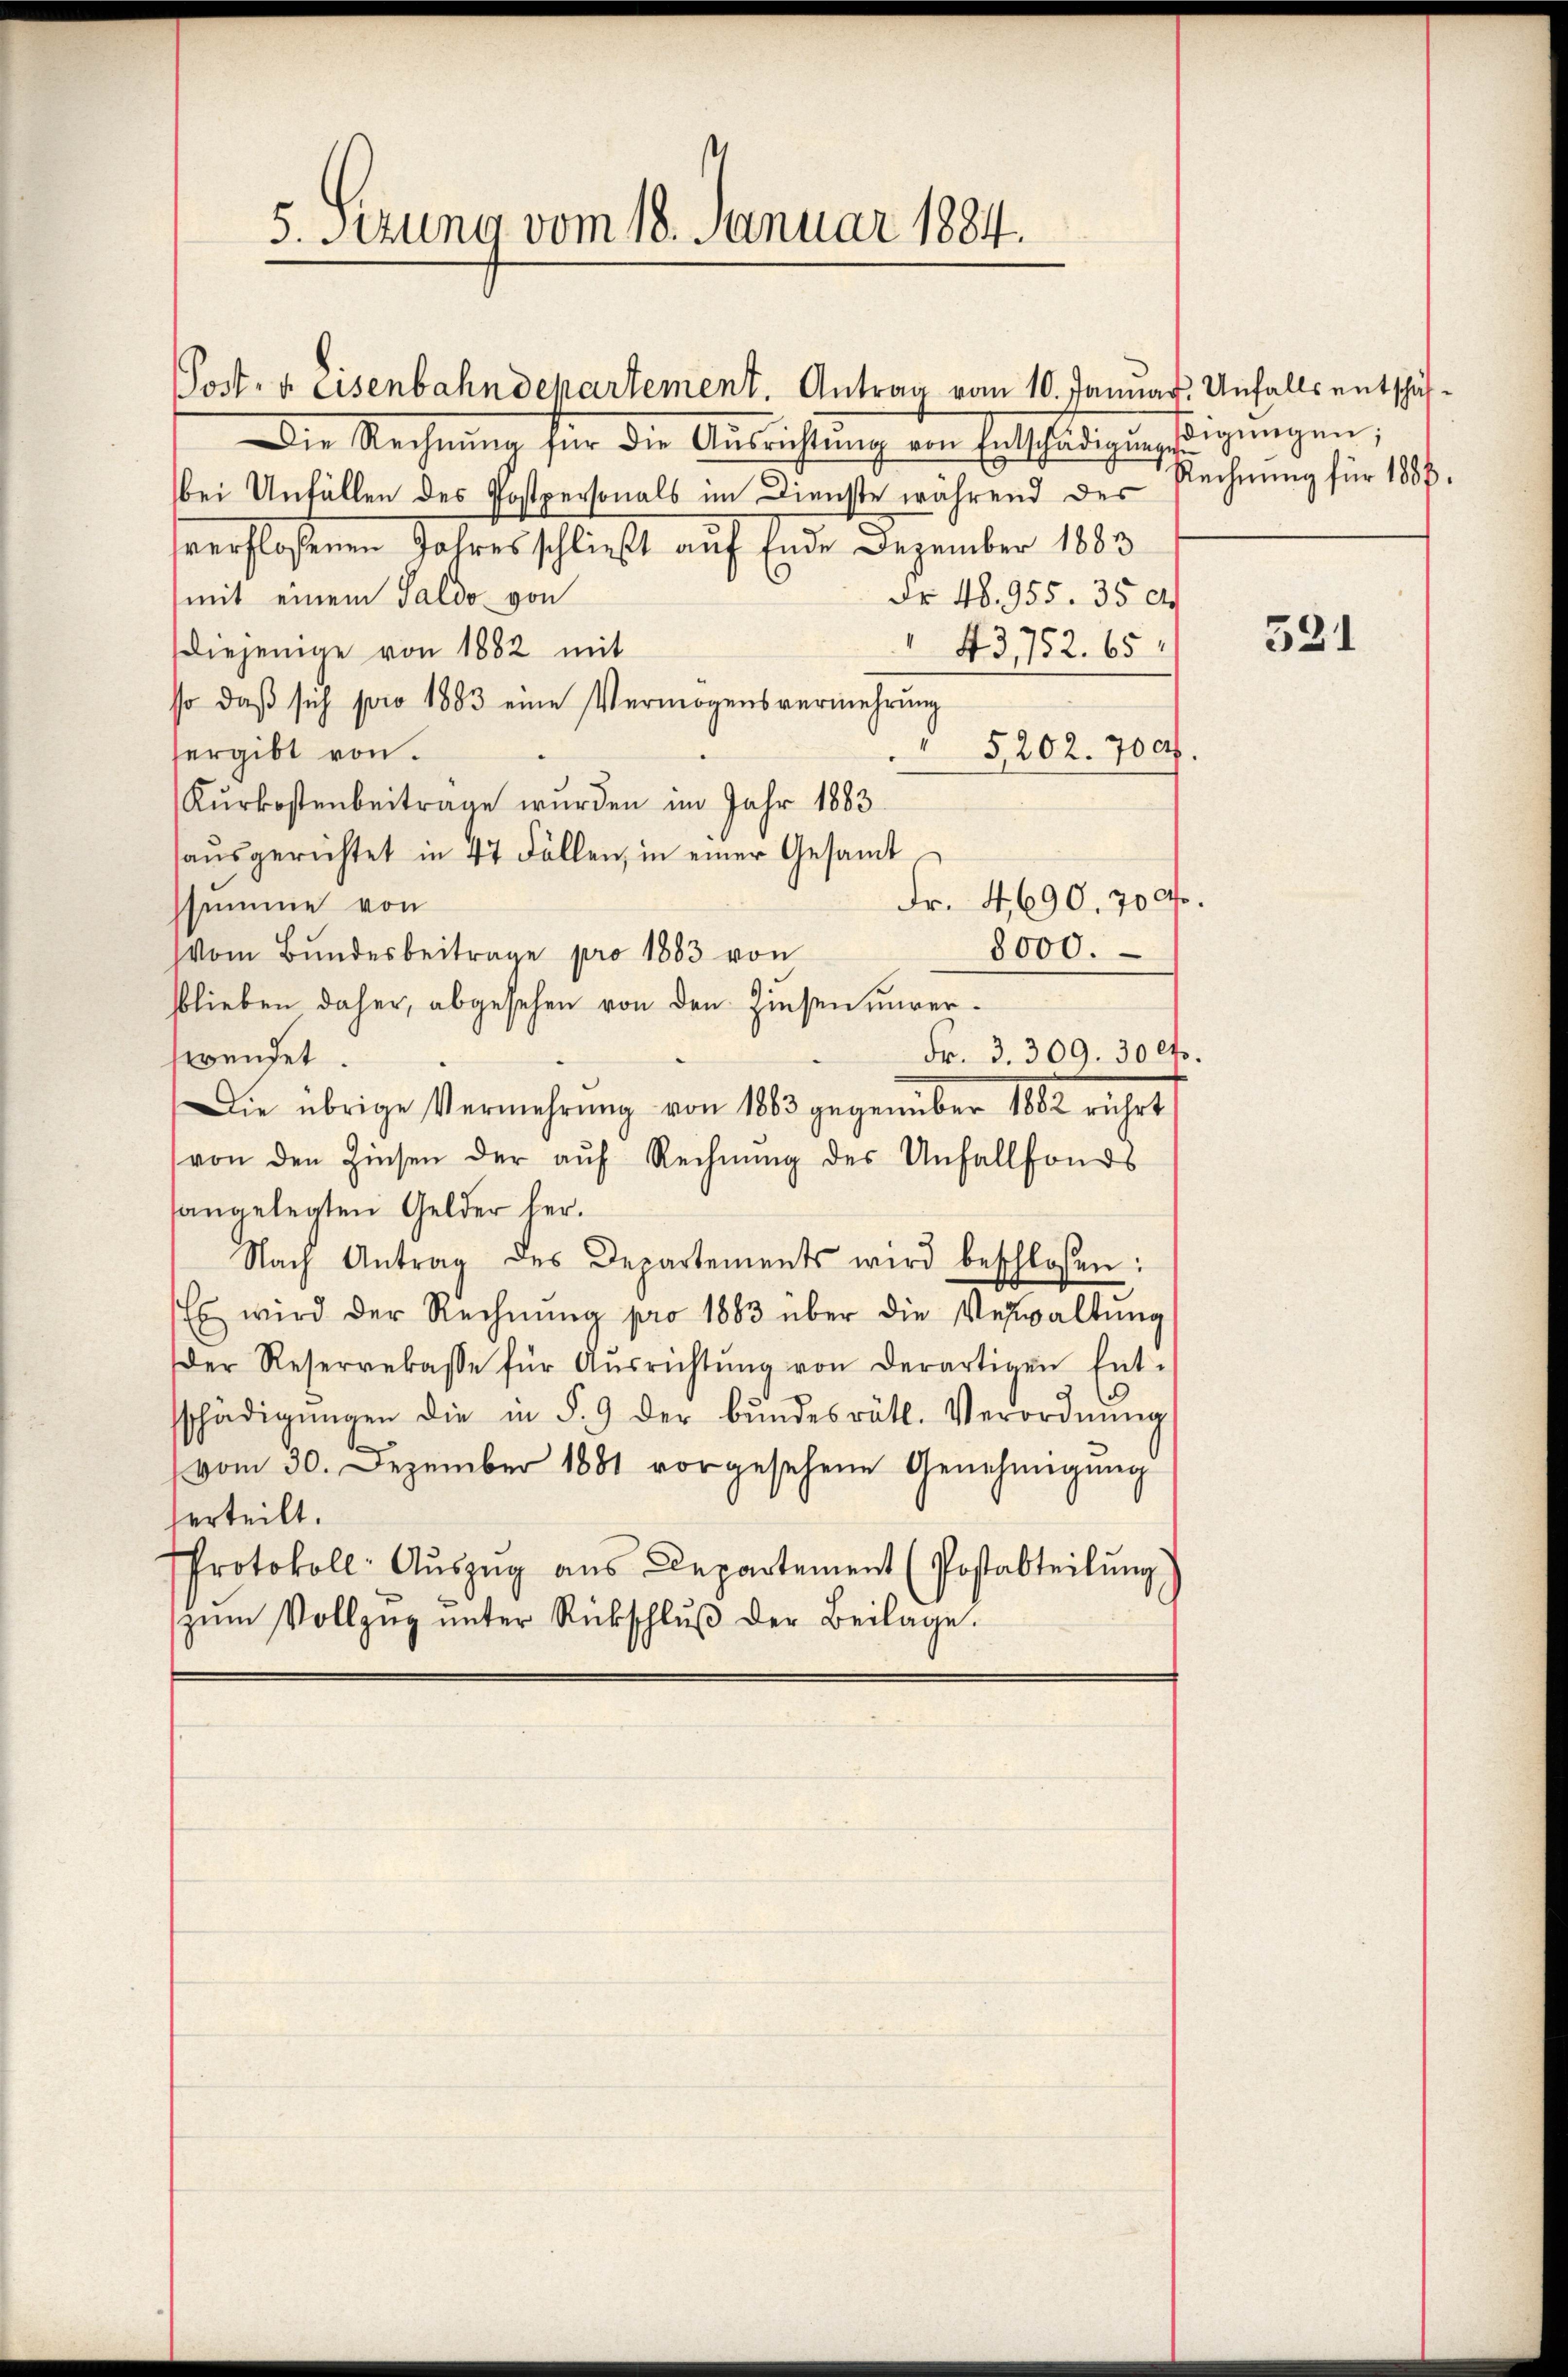
5. Setzung vom 18. Januar 1884.

Die Rechnŭng für die Aŭsrichtung von Entschädigŭngsdigŭngen,
bei Unfällen des Postpersonals im Dienste während des
sverfloßenen Jahres schließt auf Ende Dezember 1883
mit einem Saldo von
Fr. 48. 955. 35 l
Diejenige von 1882 mit
43752. 65.
so daß sich pro 1883 eine Vermögensvermehrung
§ 5202. 700.
sergibt von
Kurkostenbeitrage wurden im Jahr 1883.
aŭsgerichtet in 47 Fällen, in einer Gesamt,
ssumme von
8000.
Vom Bŭndesbeitrage pro 1883 von
bblieben daher, abgesehen von den Zinsen unver¬
Fr. 3. 309. 30 lt.
swendet.
Die übrige Vermehrung von 1863 gegenüber 1882 rührt
von den Zinsen der aŭf Rechnŭng des Unfallfonds
angelegten Gelder her¬
Nach Antrag des Departements wird beschlossen:
Es wird der Rechnŭng pro 1883 über die Verwaltŭng
der Reserrekasse für Aŭsrichtŭng von derartigen Ent-
schädigŭngen die in § 9 der bŭndesrätl. Verordnŭng
vom 30. Dezember 1881 vorgesehene Genehmigung
herteilt.
Protokoll: Aŭszŭg ans Departement (Postabteilŭng
zŭm Vollzŭg ŭnter Rückschlŭβ der Beilage.

Post- u. Eisenbahndepartement. Antrag vom 10. Januar. Unfalls entschäf¬

Fr. 4690. 700fr.

Rechnung für 1886.

521